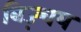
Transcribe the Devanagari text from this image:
बिज़्चय